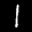
Label: 1